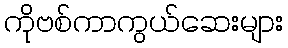
ကိုဗစ်ကာကွယ်ဆေးများ